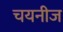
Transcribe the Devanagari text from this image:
चयनीज